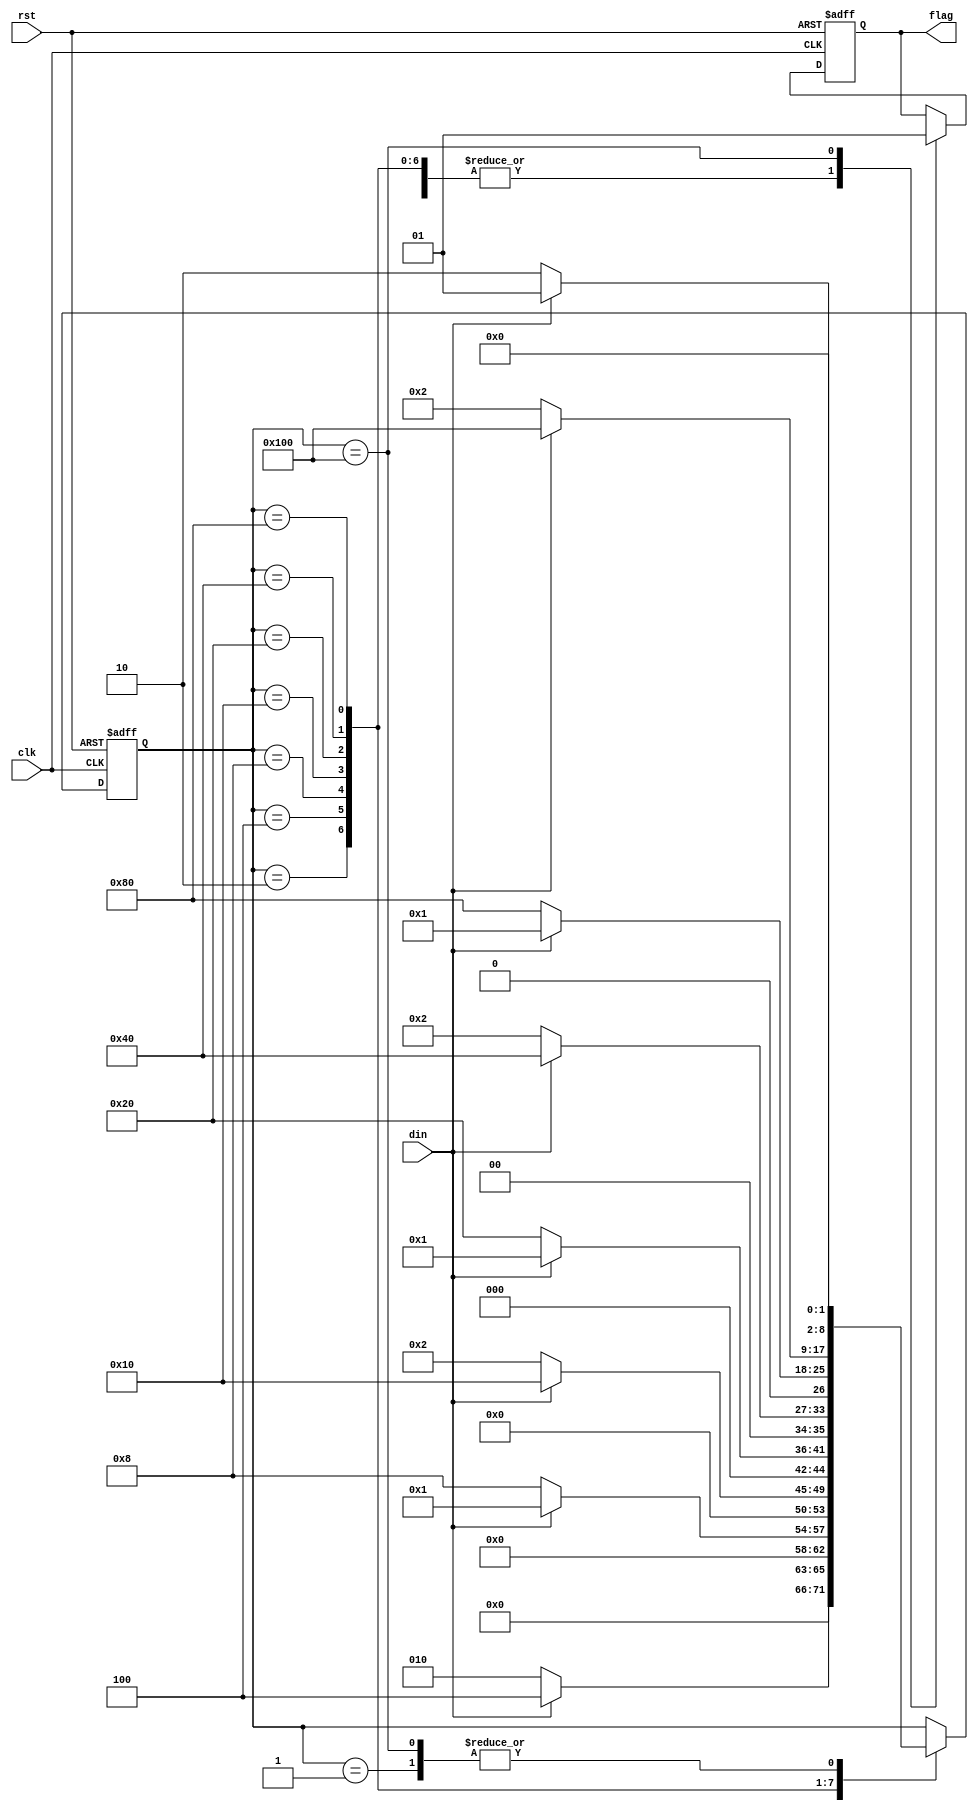
module moore(output reg flag,input din,clk,rst);
parameter A=9'b00000_0001,B=9'b00000_0010,C=9'b00000_0100,D=9'b00000_1000,
E=9'b00001_0000,F=9'b00010_0000,G=9'b00100_0000,H=9'b01000_0000,I=9'b10000_0000;
reg [8:0] state;
always @(posedge clk or posedge rst) begin
  if(rst) begin flag<=0;state<=A; end
  else begin
    case(state)
      A: begin
	   state <= din ? A : B;
	   flag <= 0;
         end
      B: begin
	   state <= din ? C : B;
	   flag <= 0;
         end
      C: begin
	   state <= din ? A : D;
	   flag <= 0;
         end
      D: begin
	   state <= din ? E : B;
	   flag <= 0;
         end
      E: begin
	   state <= din ? A : F;
	   flag <= 0;
         end
      F: begin
	   state <= din ? G : B;
	   flag <= 0;
         end
      G: begin
	   state <= din ? A : H;
	   flag <= 0;
         end
      H: begin
	   state <= din ? I : B;
	   flag <= 0;
         end
      I: begin
	   flag <= 1;
	   state <= din ? A : B;
	 end
     endcase
  end

end
endmodule